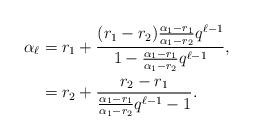
LaTeX: \begin{align*}\alpha_{\ell} & = r_1 + \frac{(r_1 - r_2)\frac{\alpha_1 - r_1}{\alpha_1-r_2}q^{\ell-1}}{1 - \frac{\alpha_1 - r_1}{\alpha_1-r_2}q^{\ell-1}}, \\&= r_2 + \frac{r_2 - r_1}{ \frac{\alpha_1 - r_1}{\alpha_1-r_2}q^{\ell-1} - 1}. \end{align*}